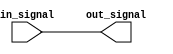
module cmos_buffer (
    input wire in_signal,
    output reg out_signal
);

// CMOS buffer functionality
always @ (in_signal)
begin
    out_signal <= in_signal;
end

endmodule